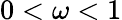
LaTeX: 0<\omega<1